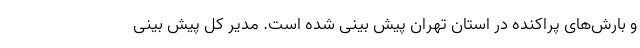
و بارش‌های پراکنده در استان تهران پیش بینی شده است. مدیر کل پیش بینی